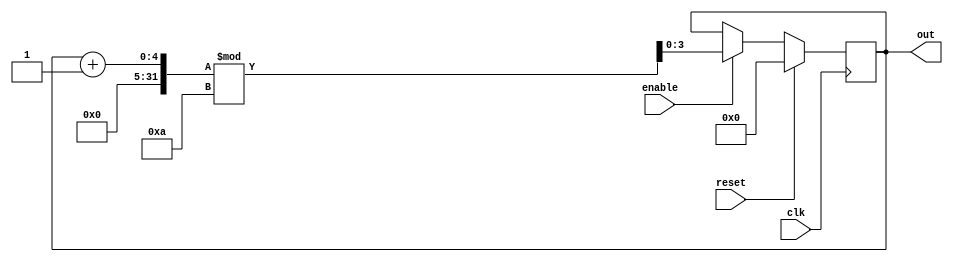
module bcd_counter(out, enable, clk,reset);
  output [3:0] out;
  input enable, clk, reset;
  reg [3:0] out;
  always @(posedge clk)
    if (reset) 
      begin
        out <= 4'b0 ;
      end 
  else if (enable)
    begin
      out <= (out + 1)%10;
      end
endmodule